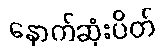
နောက်ဆုံးပိတ်